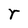
Character: r